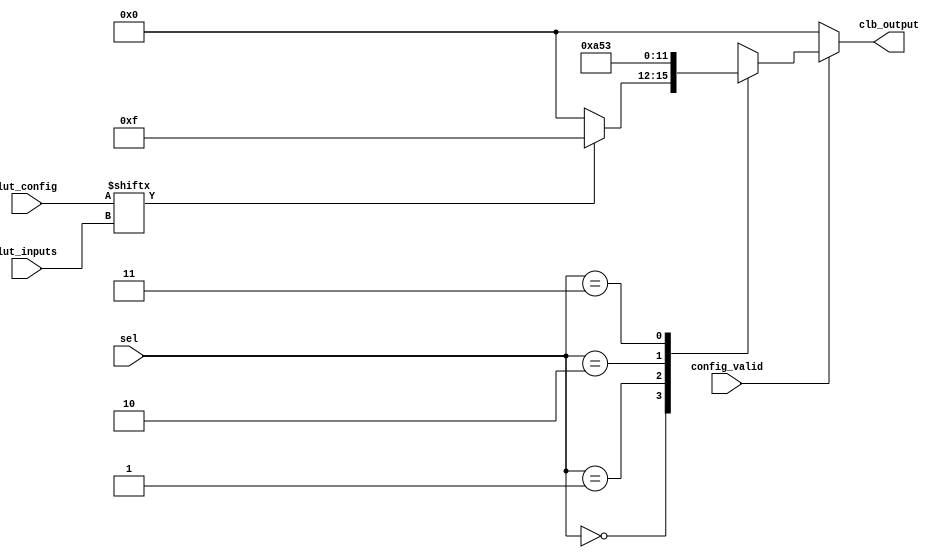
module comb_logic_block (
    input  wire [3:0]  lut_inputs,  // 4 input lines to the LUT
    input  wire [1:0]  sel,         // Select signal for the multiplexer
    input  wire        config_valid, // Configuration valid signal
    input  wire [15:0] lut_config,   // 16 bits for configuring the LUT
    output reg  [3:0]  clb_output    // Output lines from the CLB
);

// Lookup Table (LUT) for 4-input logic
wire lut_output;
assign lut_output = lut_config[{lut_inputs[3], lut_inputs[2], lut_inputs[1], lut_inputs[0]}];

// Simple multiplexer to select the output based on the `sel` input
always @(*) begin
    if (config_valid) begin
        case (sel)
            2'b00: clb_output = lut_output ? 4'b1111 : 4'b0000; // LUT output
            2'b01: clb_output = 4'b1010; // hard-coded example output
            2'b10: clb_output = 4'b0101; // hard-coded example output
            2'b11: clb_output = 4'b0011; // hard-coded example output
            default: clb_output = 4'bXXXX; // Undefined behavior
        endcase
    end else begin
        clb_output = 4'b0000; // Default output when config is invalid
    end
end

endmodule